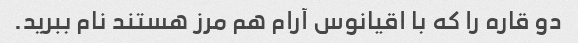
دو قاره را که با اقیانوس آرام هم مرز هستند نام ببرید.